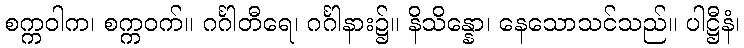
စက္ကဝါက၊ စက္ကဝက်။ ဂင်္ဂါတီရေ၊ ဂင်္ဂါနား၌။ နိသိန္နော၊ နေသောသင်သည်။ ပါဋ္ဌီနံ၊